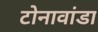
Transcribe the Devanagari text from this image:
टोनावांडा